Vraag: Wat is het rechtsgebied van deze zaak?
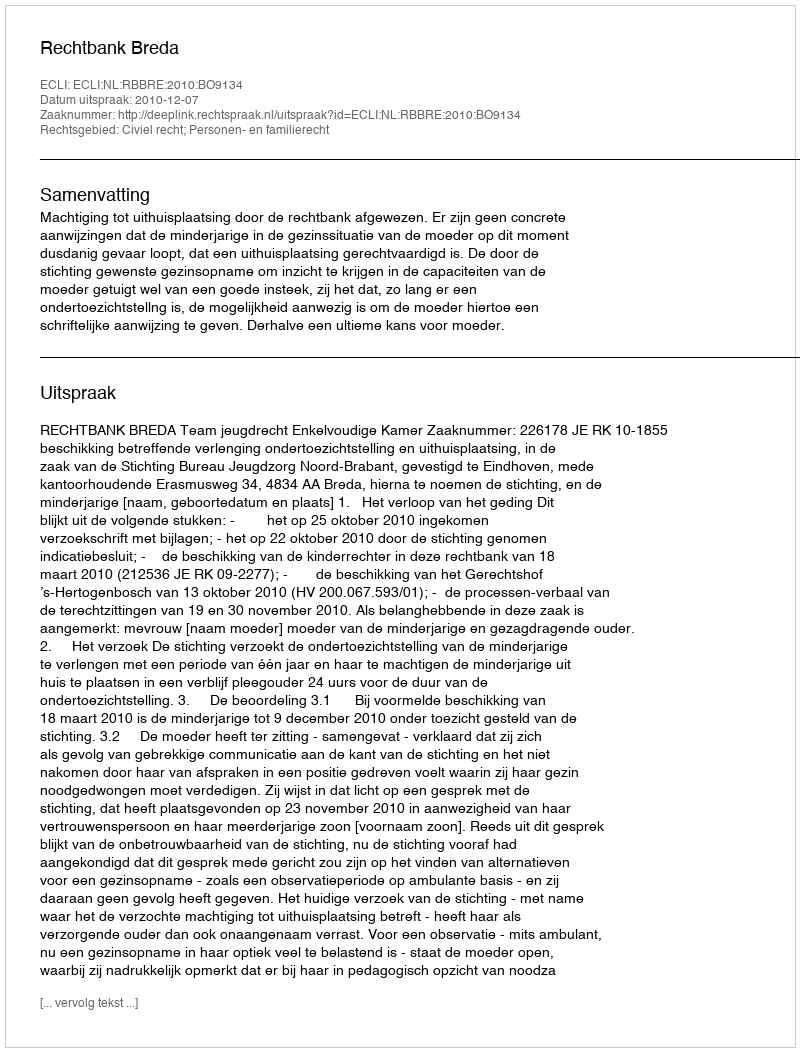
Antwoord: Civiel recht; Personen- en familierecht